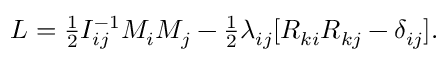
\begin{array} { r } { L = \frac 1 2 I _ { i j } ^ { - 1 } M _ { i } M _ { j } - \frac 1 2 \lambda _ { i j } [ R _ { k i } R _ { k j } - \delta _ { i j } ] . } \end{array}